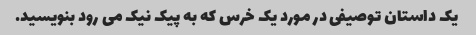
یک داستان توصیفی در مورد یک خرس که به پیک نیک می رود بنویسید.